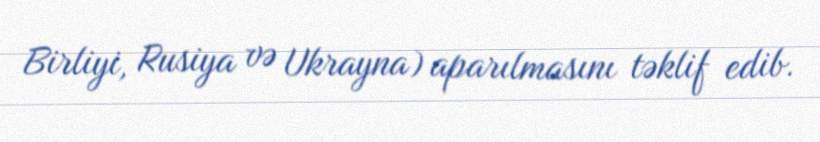
Birliyi, Rusiya və Ukrayna) aparılmasını təklif edib.